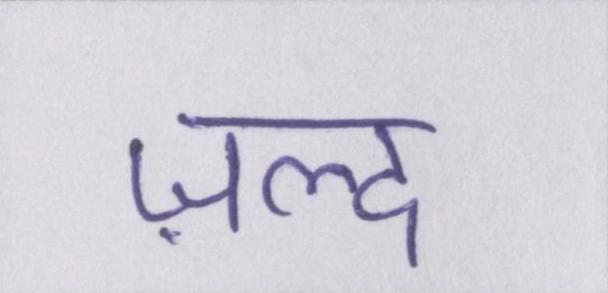
ज़ल्द